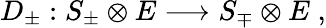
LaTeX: D_{\pm}:S_{\pm}\otimes E\longrightarrow S_{\mp}\otimes E\; ,